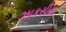
ઝાકસીયા